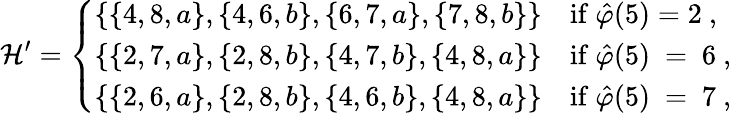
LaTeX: \mathcal{H}^{\prime}=\left\{ \begin{array}{ll}{\{ \{ 4,8,a\} ,\{ 4,6,b\} ,\{ 6,7,a\} ,\{ 7,8,b\} \} }&{\mathrm{if~\hat{\varphi}(5)=2~,}}\\ {\{ \{ 2,7,a\} ,\{ 2,8,b\} ,\{ 4,7,b\} ,\{ 4,8,a\} \} }&{\mathrm{if~\hat{\varphi}(5)~=~6~,}}\\ {\{ \{ 2,6,a\} ,\{ 2,8,b\} ,\{ 4,6,b\} ,\{ 4,8,a\} \} }&{\mathrm{if~\hat{\varphi}(5)~=~7~,}}\end{array}\right.